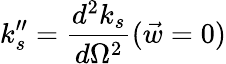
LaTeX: k_{s}^{\prime\prime}=\frac{d^{2}k_{s}}{d\Omega^{2}}(\vec{w}=0)